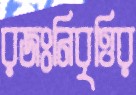
রজঃনিবৃত্তির